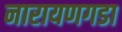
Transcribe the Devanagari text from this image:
नारायणगडा